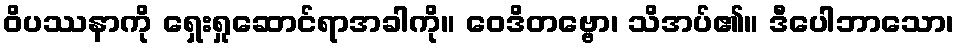
ဝိပဿနာကို ရှေးရှုဆောင်ရာအခါကို။ ဝေဒိတဗ္ဗော၊ သိအပ်၏။ ဒီပေါဘာသော၊